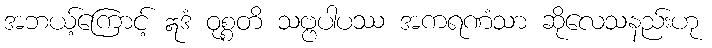
အဘယ့်ကြောင့် ဣဒံ ဝုစ္စတိ သဗ္ဗပါပဿ အကရဏံသာ ဆိုလေသနည်းဟု